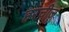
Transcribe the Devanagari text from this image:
हरचीज़